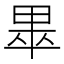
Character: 𱰰